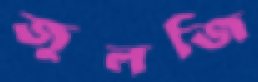
জুলজি